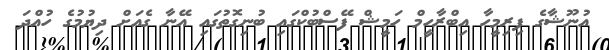
އުނޫޝާގެ ފިރިމީހާ އިބްރާހީމް ހަމީޝް ފޭސްބުކްގައި ބުނިގޮތުގައި އޭނާ ގެއަށް ދިޔުމުގެ ހުއްދަ